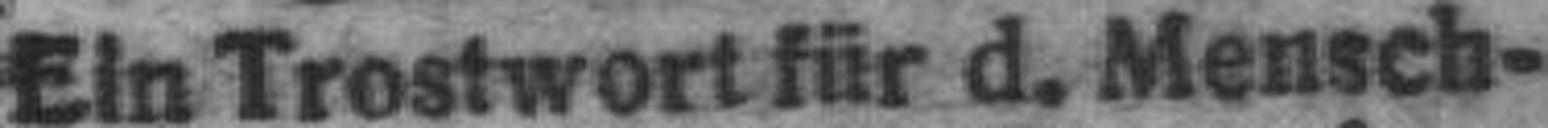
Ein Trostwort für d. Mensch¬